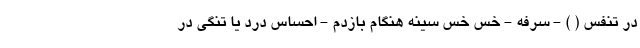
در تنفس ( ) - سرفه - خس خس سینه هنگام بازدم - احساس درد یا تنگی در